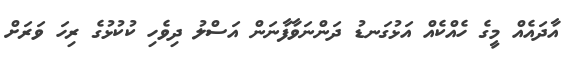
އާދައެއް މީގެ ހެއްކެއް އަޅުގަނޑު ދަންނަވާފާނަން އަސްލު ދިވެހި ކުކުޅުގެ ރިހަ ވަރަށް